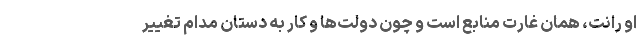
او رانت، همان غارت منابع است و چون دولت‌ها و کار به دستان مدام تغییر